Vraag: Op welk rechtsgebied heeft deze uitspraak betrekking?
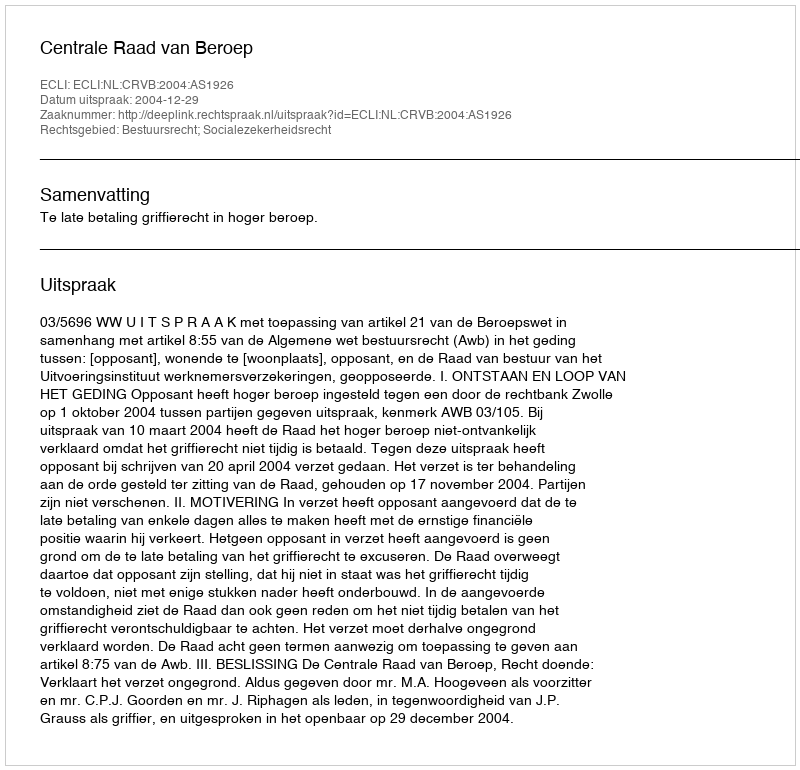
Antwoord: Bestuursrecht; Socialezekerheidsrecht